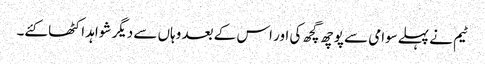
ٹیم نے پہلےسوامی سے پوچھ گچھ کی اور اس کے بعد وہاں سے دیگر شواہد اکٹھا کئے۔